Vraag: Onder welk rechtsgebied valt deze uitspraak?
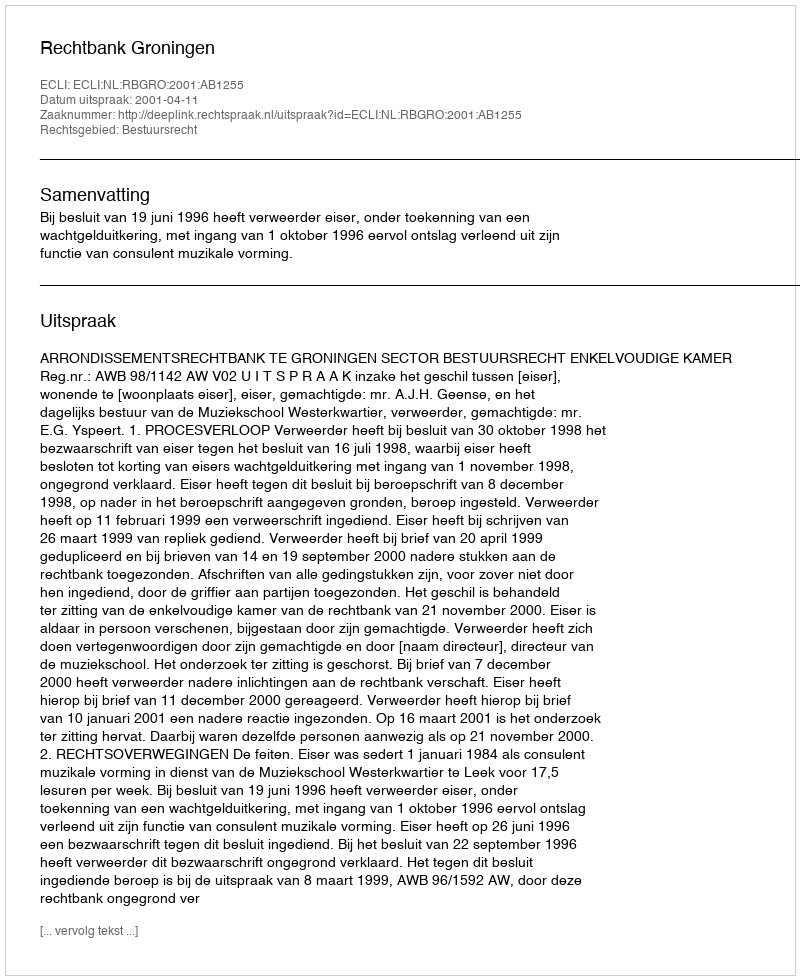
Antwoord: Bestuursrecht